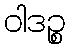
ဝါဒဉ္စ